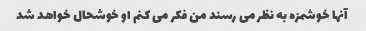
آنها خوشمزه به نظر می رسند من فکر می کنم او خوشحال خواهد شد